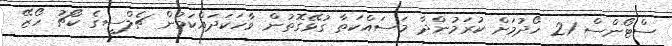
ސްޓޯންސް 21 ހޯދުމަށް ކުރަމުންދާ މަސައްކަތާ ގުޅޭގޮތުން ވާހަކަދައްކަމުން ޗެލްސީގެ ކޯޗު ހޯޒޭ